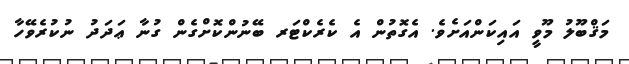
މަޤްބޫލު މޫވީ އައިކަންއަށެވެ. އެގޮތުން އެ ކެރެކްޓަރ ބޭނުންކޮށްގެން ގުނާ ޢަދަދު ނުކުރެވޭހާ